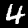
Label: 4